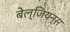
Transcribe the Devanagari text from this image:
बेल्जियन्स